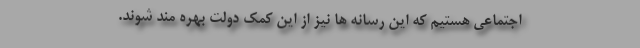
اجتماعی هستیم که این رسانه ها نیز از این کمک دولت بهره مند شوند.